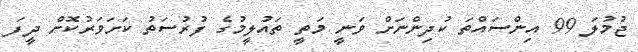
ޖުމުލަ 99 އިންސައްތަ ކުދިންނަށް ވަނީ މަތީ ތައުލީމުގެ ފުރުސަތު ކަށަވަރުކޮށް ދީފަ